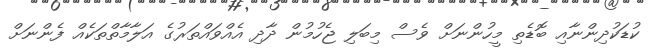
ކުޑަކުދިންނާއި ބޮޑެތި މީހުންނަށް ވެސް މިބަލި ޖެހުމުން ދާދި އެއްވައްތަރުގެ އަލާމާތްތަކެއް ފެންނަށް